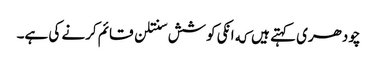
چودھری کہتے ہیں که انکی کوشش سنتلن قائم کرنے کی ہے۔